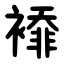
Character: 䙣